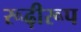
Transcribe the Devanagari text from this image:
रूढ़ीरूप